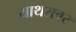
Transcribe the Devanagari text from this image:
याथरावर